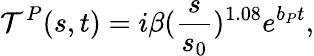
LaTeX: \mathcal{T}^{P}(s,t)=i\beta(\frac{{s}}{{s_{0}}})^{1.08}e^{b_{P}t},